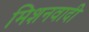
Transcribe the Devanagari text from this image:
मिशनवादी